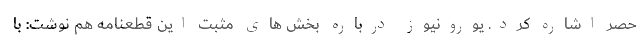
حصر اشاره کرد. یورونیوز درباره بخش های مثبت این قطعنامه هم نوشت: با